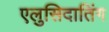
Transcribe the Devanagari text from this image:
एलुसिदातिंग